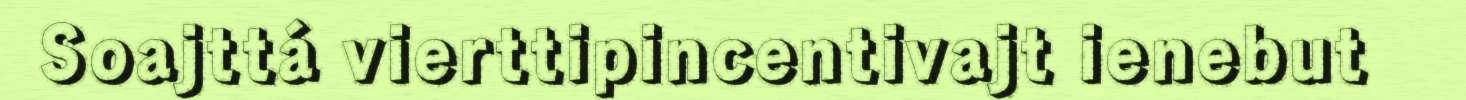
Soajttá vierttipincentivajt ienebut